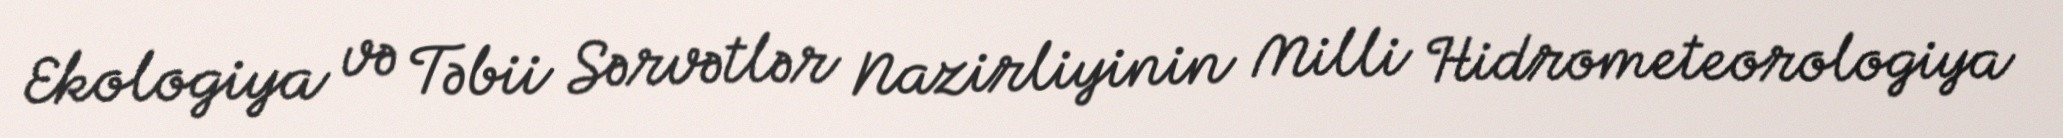
Ekologiya və Təbii Sərvətlər Nazirliyinin Milli Hidrometeorologiya